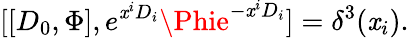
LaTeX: [[D_{0},\Phi],e^{\mathit{x}^{i}D_{i}}\Phie^{-\mathit{x}^{i}D_{i}}]=\delta^{3}(\mathit{x}_{i}).